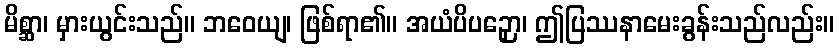
မိစ္ဆာ၊ မှားယွင်းသည်။ ဘဝေယျ၊ ဖြစ်ရာ၏။ အယံပိပဉှော၊ ဤပြဿနာမေးခွန်းသည်လည်း။